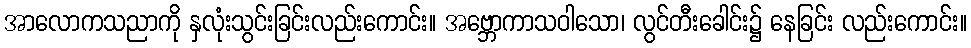
အာလောကသညာကို နှလုံးသွင်းခြင်းလည်းကောင်း။ အဗ္ဘောကာသဝါသော၊ လွင်တီးခေါင်း၌ နေခြင်း လည်းကောင်း။